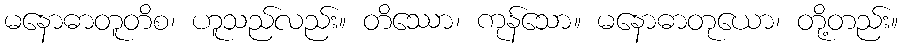
မနောဓာတူတိစ၊ ဟူသည်လည်း။ တိဿော၊ ကုန်သော။ မနောဓာတုယော၊ တို့တည်း။